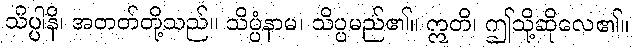
သိပ္ပါနိ၊ အတတ်တို့သည်။ သိပ္ပံနာမ၊ သိပ္ပမည်၏။ ဣတိ၊ ဤသို့ဆိုလေ၏။